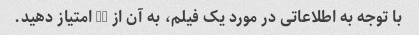
با توجه به اطلاعاتی در مورد یک فیلم، به آن از 10 امتیاز دهید.